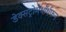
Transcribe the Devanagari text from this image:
डेक्सट्रोमेथॉर्थफन